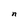
Character: n